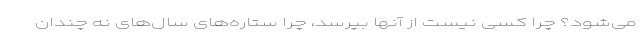
می‌شود؟ چرا کسی نیست از آنها بپرسد، چرا ستاره‌های سال‌های نه چندان